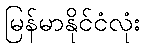
မြန်မာနိုင်ငံလုံး